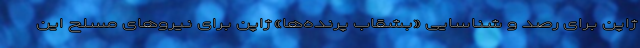
ژاپن برای رصد و شناسایی «بشقاب پرنده‌ها» ژاپن برای نیروهای مسلح این